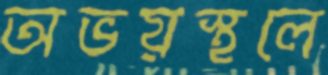
অভয়স্থলে